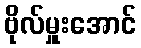
ဗိုလ်မှူးအောင်